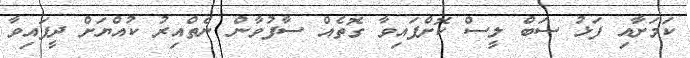
ކަމަށާއި ފަޅު ސަބް ލީސް ކޮށްފައިވާ ގޮތެއް ސާފުވާން ނެތްއިރު ކުއްޔަށް ދީފައިވާ